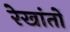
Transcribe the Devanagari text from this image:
रेखांतों